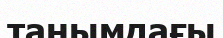
танымдағы